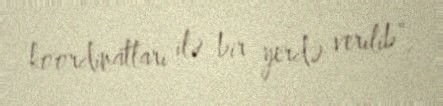
koordinatları ilə bir yerdə verilib”.